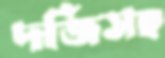
দর্জিসহ